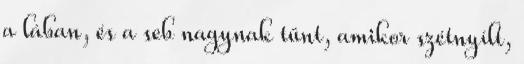
a lában, és a seb nagynak tűnt, amikor szétnyílt,